Document type: Sale
Year: 1326
Scribe: Bartomeu Marc
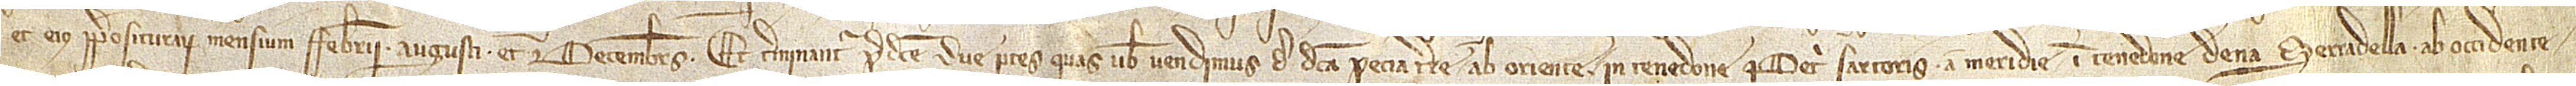
et eius prepositurarum mensium febrarii, augusti et decembris. Et terminantur predicte due partes quas vobis vendimus de dicta pecia terre ab oriente in tenedone Petri Sartoris; a meridie in tenedone de na Serradella; ab occidente